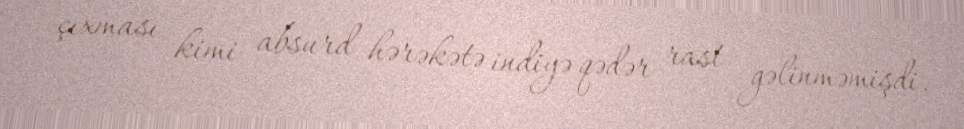
çıxması kimi absurd hərəkətə indiyə qədər rast gəlinməmişdi.